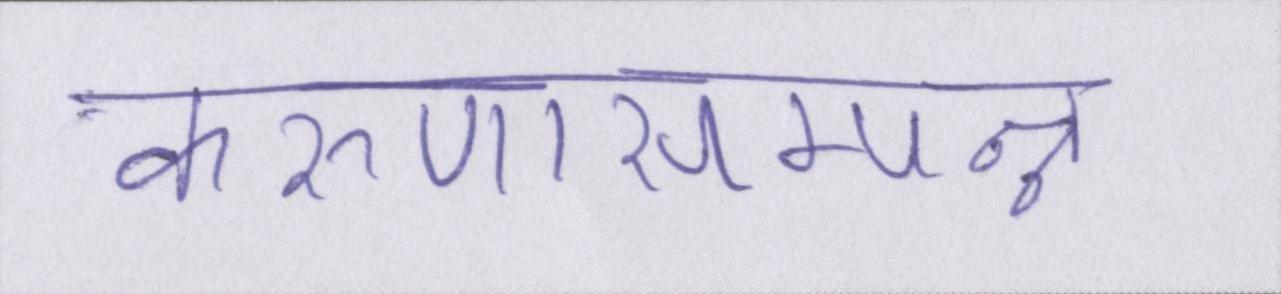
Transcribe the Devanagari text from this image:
करुणासम्पन्न